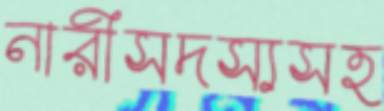
নারীসদস্যসহ